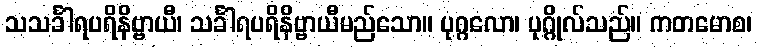
သသင်္ခါရပရိနိဗ္ဗာယီ၊ သင်္ခါရပရိနိဗ္ဗာယီမည်သော။ ပုဂ္ဂလော၊ ပုဂ္ဂိုလ်သည်။ ကတမောစ၊